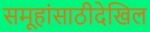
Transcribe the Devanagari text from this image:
समूहांसाठीदेखिल